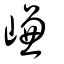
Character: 嵰